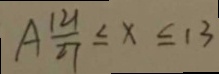
A \frac { 1 2 1 } { 2 7 } \leq x \leq 1 3